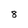
Character: 8